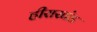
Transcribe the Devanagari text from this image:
हीराखंड